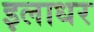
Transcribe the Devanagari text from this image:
इलाधर